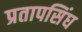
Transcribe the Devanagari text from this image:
प्रतापसिंघ